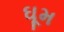
ઘૂમ